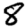
Digit: 8